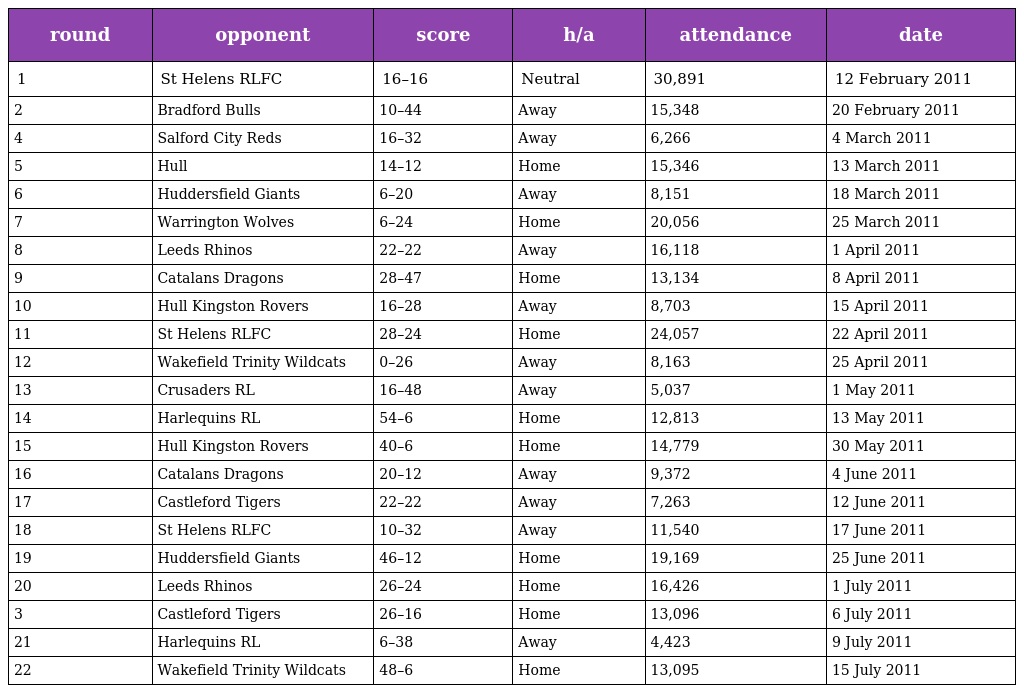
| round | opponent | score | h/a | attendance | date |
 | --- | --- | --- | --- | --- | --- |
 | 1 | St Helens RLFC | 16–16 | Neutral | 30,891 | 12 February 2011 |
 | 2 | Bradford Bulls | 10–44 | Away | 15,348 | 20 February 2011 |
 | 4 | Salford City Reds | 16–32 | Away | 6,266 | 4 March 2011 |
 | 5 | Hull | 14–12 | Home | 15,346 | 13 March 2011 |
 | 6 | Huddersfield Giants | 6–20 | Away | 8,151 | 18 March 2011 |
 | 7 | Warrington Wolves | 6–24 | Home | 20,056 | 25 March 2011 |
 | 8 | Leeds Rhinos | 22–22 | Away | 16,118 | 1 April 2011 |
 | 9 | Catalans Dragons | 28–47 | Home | 13,134 | 8 April 2011 |
 | 10 | Hull Kingston Rovers | 16–28 | Away | 8,703 | 15 April 2011 |
 | 11 | St Helens RLFC | 28–24 | Home | 24,057 | 22 April 2011 |
 | 12 | Wakefield Trinity Wildcats | 0–26 | Away | 8,163 | 25 April 2011 |
 | 13 | Crusaders RL | 16–48 | Away | 5,037 | 1 May 2011 |
 | 14 | Harlequins RL | 54–6 | Home | 12,813 | 13 May 2011 |
 | 15 | Hull Kingston Rovers | 40–6 | Home | 14,779 | 30 May 2011 |
 | 16 | Catalans Dragons | 20–12 | Away | 9,372 | 4 June 2011 |
 | 17 | Castleford Tigers | 22–22 | Away | 7,263 | 12 June 2011 |
 | 18 | St Helens RLFC | 10–32 | Away | 11,540 | 17 June 2011 |
 | 19 | Huddersfield Giants | 46–12 | Home | 19,169 | 25 June 2011 |
 | 20 | Leeds Rhinos | 26–24 | Home | 16,426 | 1 July 2011 |
 | 3 | Castleford Tigers | 26–16 | Home | 13,096 | 6 July 2011 |
 | 21 | Harlequins RL | 6–38 | Away | 4,423 | 9 July 2011 |
 | 22 | Wakefield Trinity Wildcats | 48–6 | Home | 13,095 | 15 July 2011 |